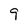
Character: 9